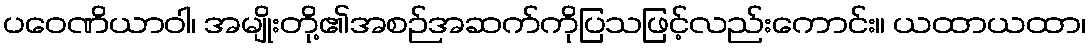
ပဝေဏိယာဝါ၊ အမျိုးတို့၏အစဉ်အဆက်ကိုပြသဖြင့်လည်းကောင်း။ ယထာယထာ၊